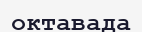
октавада